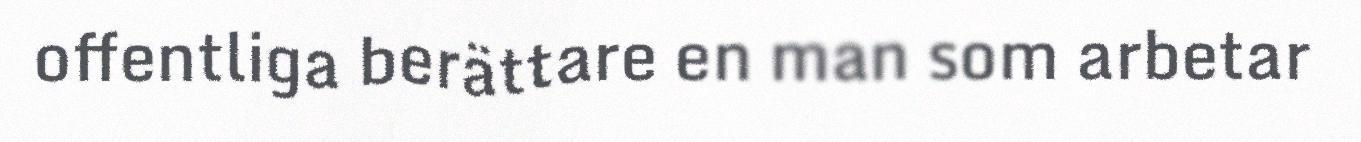
offentliga berättare en man som arbetar